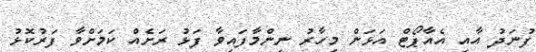
ފުނަދު އާއި އެއާޕޯޓް އަޅަން މިހާރު ނިންމާފައިވާ ފަޅު ރަށެއް ކަމަށްވާ ފަރުކޮޅު